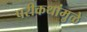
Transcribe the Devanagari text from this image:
परीकथांमुळे